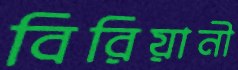
বিরিয়ানী